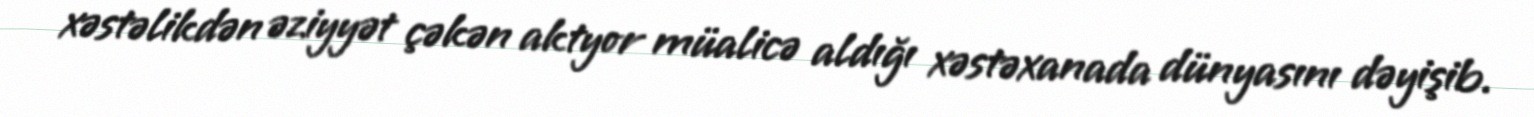
xəstəlikdən əziyyət çəkən aktyor müalicə aldığı xəstəxanada dünyasını dəyişib.